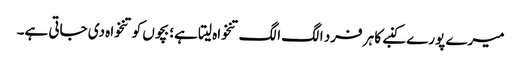
میرے پورے کنبے کا ہر فرد الگ الگ تنخواہ لیتا ہے؛ بچوں کو تنخواہ دی جاتی ہے۔